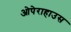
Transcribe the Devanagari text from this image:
ओपेराहाउस